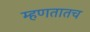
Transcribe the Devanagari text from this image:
म्हणतातच